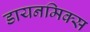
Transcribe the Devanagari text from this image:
डायनमिक्स